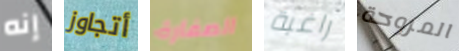
إنه أتجاوز الصفارة راغبة المروحة